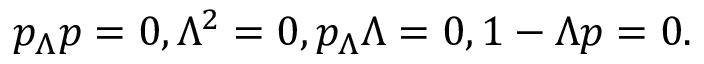
p _ { \Lambda } p = 0 , \Lambda ^ { 2 } = 0 , p _ { \Lambda } \Lambda = 0 , 1 - \Lambda p = 0 .